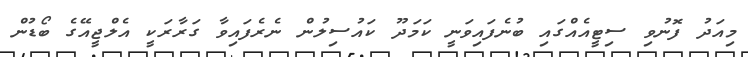
މިއަދު ފޮނުވި ސިޓީއެއްގައި ބުނެފައިވަނީ ކަމަދޫ ކައުސިލުން ނެރެފައިވާ ގަރާރަކީ އެލްޖީއޭގެ ބޯޑުން